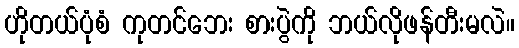
ဟိုတယ်ပုံစံ ကုတင်ဘေး စားပွဲကို ဘယ်လိုဖန်တီးမလဲ။